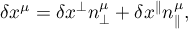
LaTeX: \delta x ^ { \mu } = \delta x ^ { \perp } n _ { \perp } ^ { \mu } + \delta x ^ { \parallel } n _ { \parallel } ^ { \mu } ,